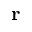
\mathbf { r }